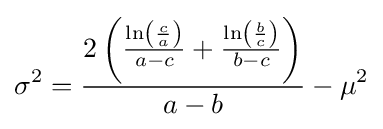
\sigma ^{2}={\frac {2\left({\frac {\mathrm {ln} \left({\frac {c}{a}}\right)}{a-c}}+{\frac {\mathrm {ln} \left({\frac {b}{c}}\right)}{b-c}}\right)}{a-b}}-\mu ^{2}